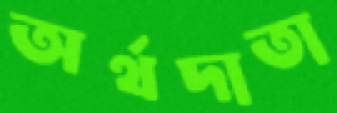
অর্থদাতা